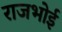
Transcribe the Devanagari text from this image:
राजभोई